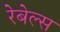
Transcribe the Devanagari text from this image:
रेबेल्स